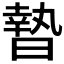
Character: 𣊓